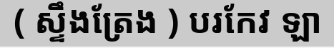
( ស្ទឹងត្រែង ) បរកែវ ឡា